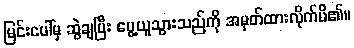
မြင်းပေါ်မှ ဆွဲချပြီး ပွေ့ယူသွားသည်ကို အမှတ်ထားလိုက်မိ၏။